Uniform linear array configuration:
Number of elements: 48
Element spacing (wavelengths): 0.5
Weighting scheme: binomial
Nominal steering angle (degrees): -15
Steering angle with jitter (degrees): -14.804
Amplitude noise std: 0.05
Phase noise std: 0.05

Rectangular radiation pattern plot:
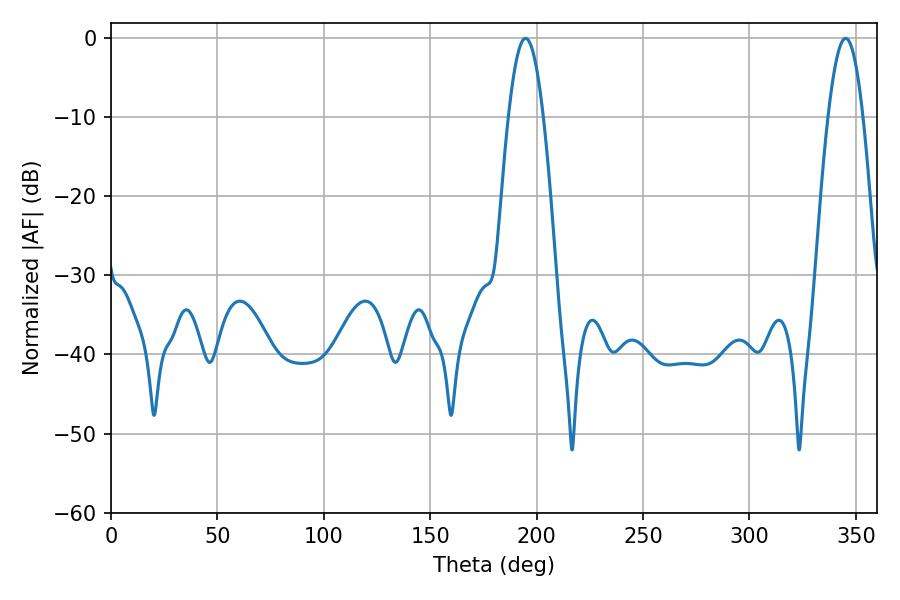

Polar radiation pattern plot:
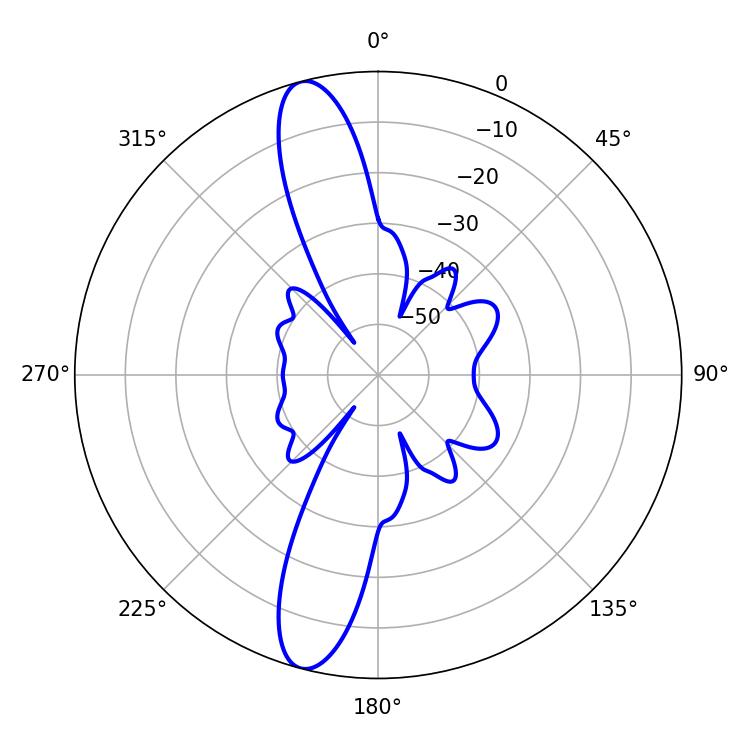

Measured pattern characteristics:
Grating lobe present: FALSE
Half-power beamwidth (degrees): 8.82
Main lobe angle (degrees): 194.76